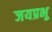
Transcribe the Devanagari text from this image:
जयप्रभू